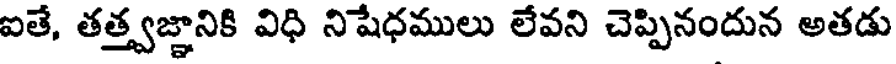
ఐతే, తత్త్వజ్ఞానికి విధి నిషేధములు లేవని చెప్పినందున అతడు